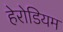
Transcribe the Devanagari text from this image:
हेरोडियम